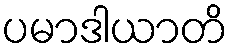
ပမာဒါယာတိ